Civil Veterinary Dept. Bombay admin report 1907-1913 - 1907-1913
Year: 1907
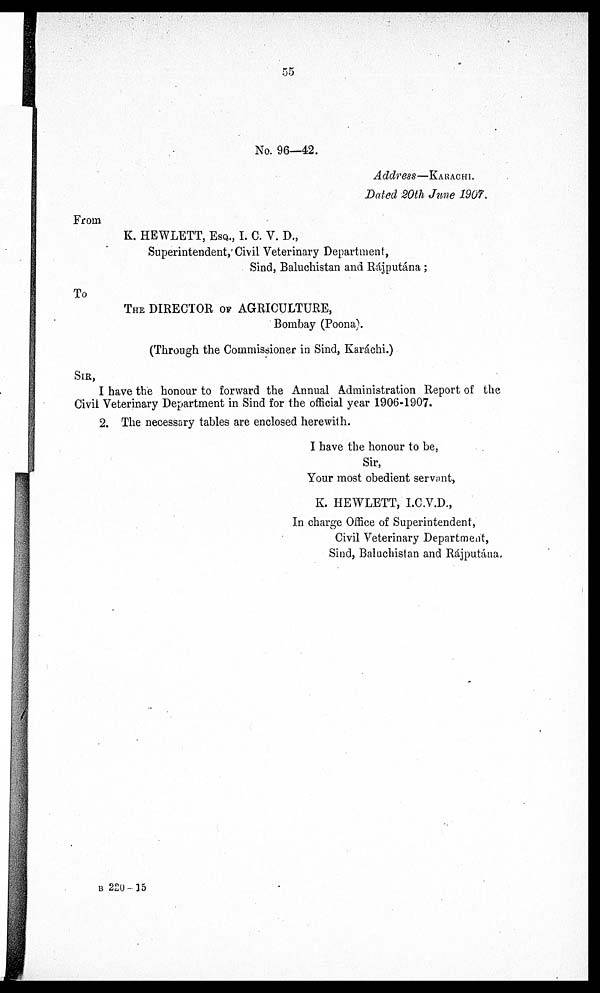
55
No. 96—42.
Address—KARACHI.
Dated 20th June 1907.
From
K. HEWLETT, ESQ., I. C. V. D.,
Superintendent, Civil Veterinary Department,
Sind, Baluchistan and Rájputána;
To
THE DIRECTOR OF AGRICULTURE,
Bombay (Poona).
(Through the Commissioner in Sind, Karáchi.)
SIR,
I have the honour to forward the Annual Administration Report of the
Civil Veterinary Department in Sind for the official year 1906-1907.
2. The necessary tables are enclosed herewith.
I have the honour to be,
Sir,
Your most obedient servant,
K. HEWLETT, I.C.V.D.,
In charge Office of Superintendent,
Civil Veterinary Department,
Sind, Baluchistan and Rájputána.
B 220-15